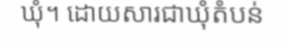
ឃុំ។ ដោយសារជាឃុំតំបន់